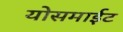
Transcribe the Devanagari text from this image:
योसमाईट